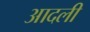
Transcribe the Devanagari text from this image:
आदली